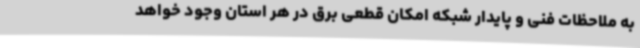
به ملاحظات فنی و پایدار شبکه امکان قطعی برق در هر استان وجود خواهد